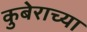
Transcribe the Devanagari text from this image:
कुबेराच्या